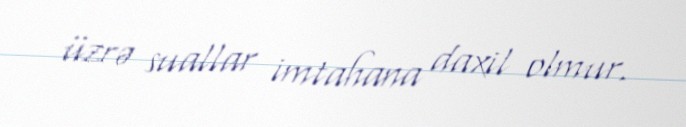
üzrə suallar imtahana daxil olmur.